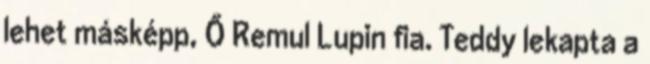
lehet másképp, Ő Remul Lupin fia. Teddy lekapta a